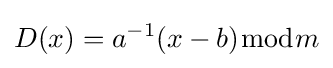
D(x)=a^{-1}(x-b){\bmod {m}}